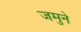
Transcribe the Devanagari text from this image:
जमुने